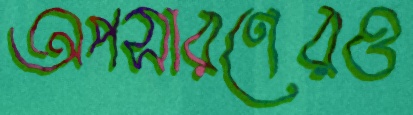
অপসারণেরও